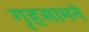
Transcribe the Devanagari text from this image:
गृहसामने